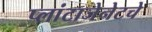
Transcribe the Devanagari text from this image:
प्लांटाजेनेटचे